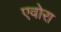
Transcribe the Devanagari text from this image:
एवोरा